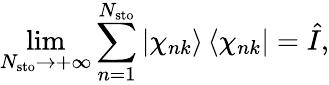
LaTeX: \operatorname*{lim}_{N_{\mathrm{sto}}\rightarrow+\infty}\sum_{n=1}^{N_{\mathrm{sto}}}\left|\chi_{nk}\right\rangle\left\langle\chi_{nk}\right|=\hat{I},